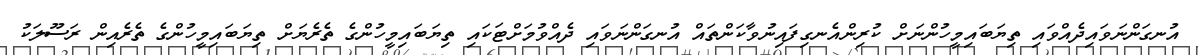
އުނގަންނަވައިދެއްވައި ތިޔަބައިމީހުންނަށް ކުރިންއެނގިފައިނުވާކަންތައް އުނގަންނަވައި ދެއްވުމަށްޓަކައި ތިޔަބައިމީހުންގެ ތެރެޔަށް ތިޔަބައިމީހުންގެ ތެރެއިން ރަސޫލަކު